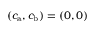
{ ( c _ { \mathrm { a } } , c _ { \mathrm { b } } ) = ( 0 , 0 ) }